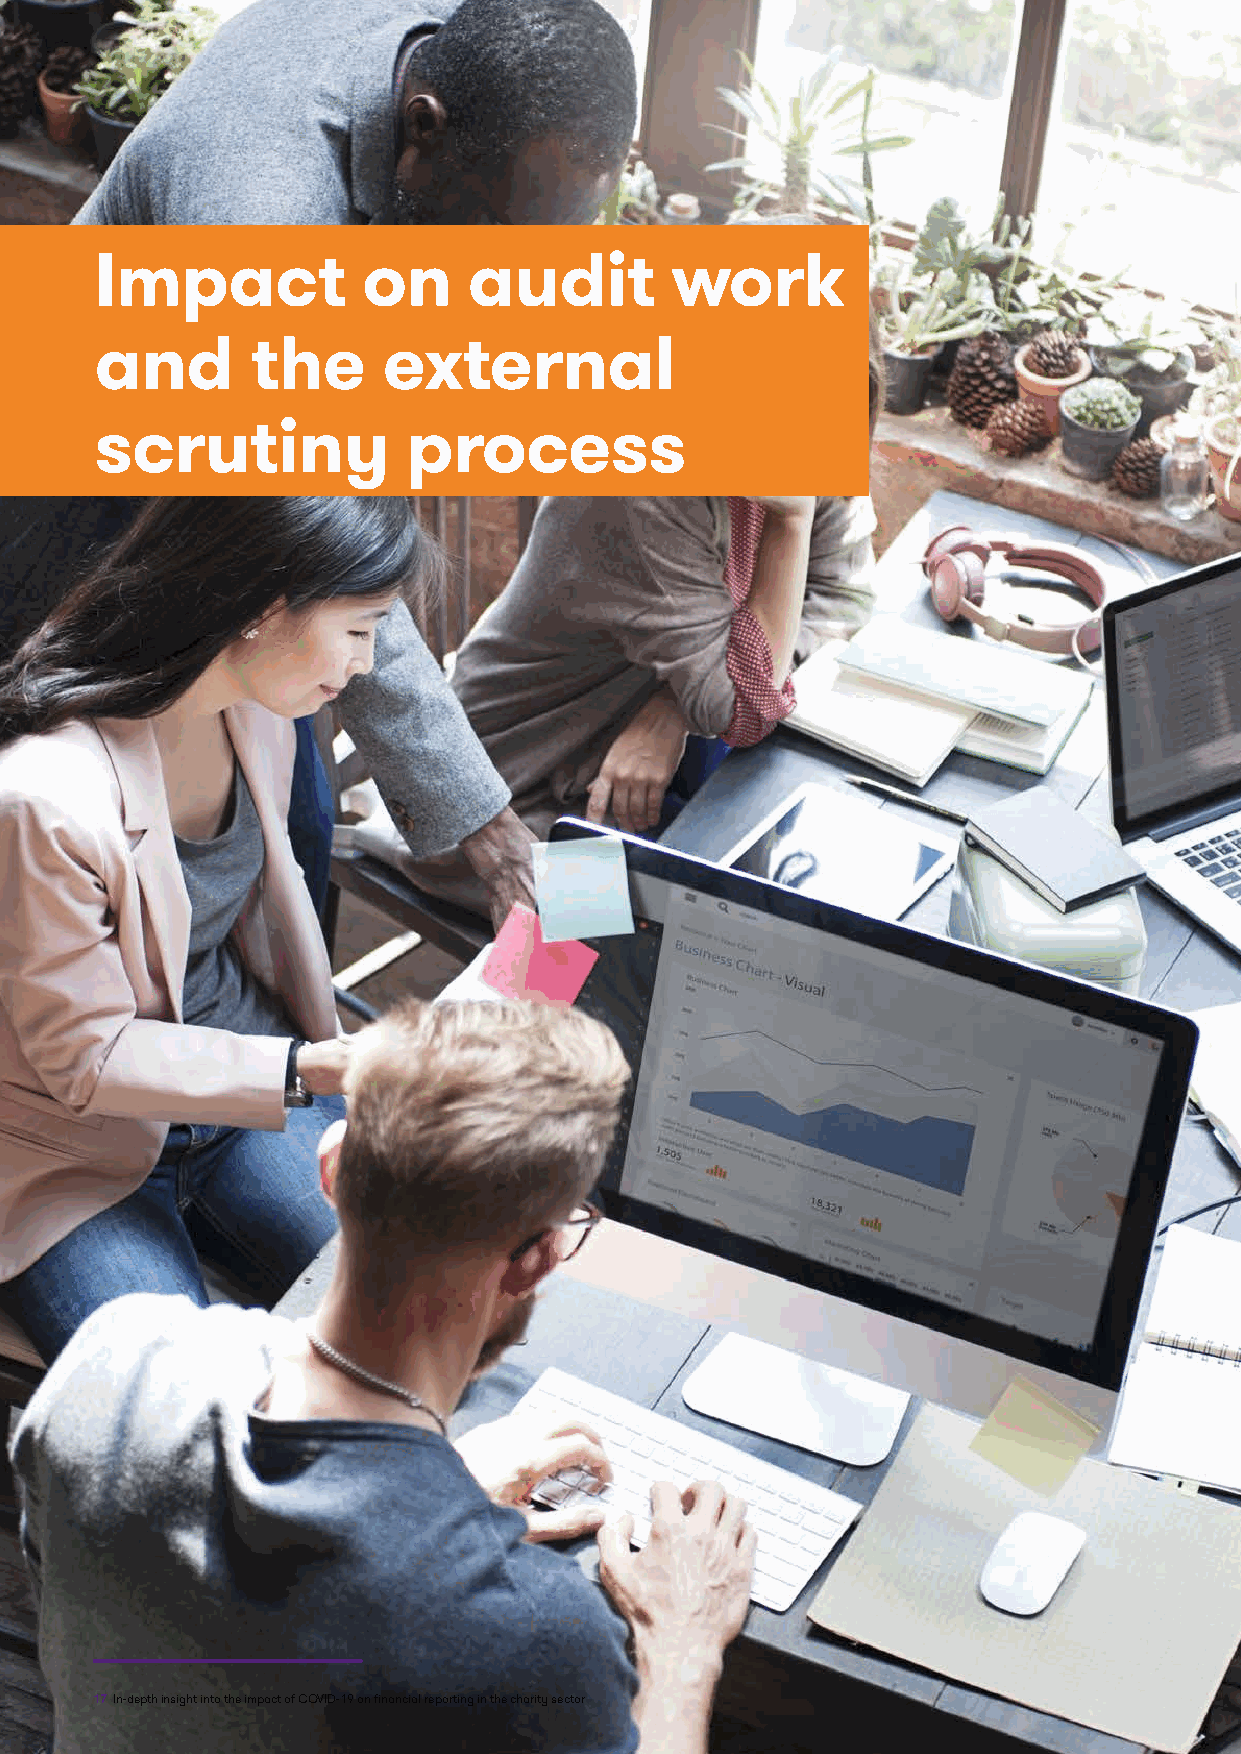
Impact            on     audit        work
 and        the     external
 scrutiny             process
 17 In-depth insight into the impact of COVID-19 on financial reporting in the charity sector